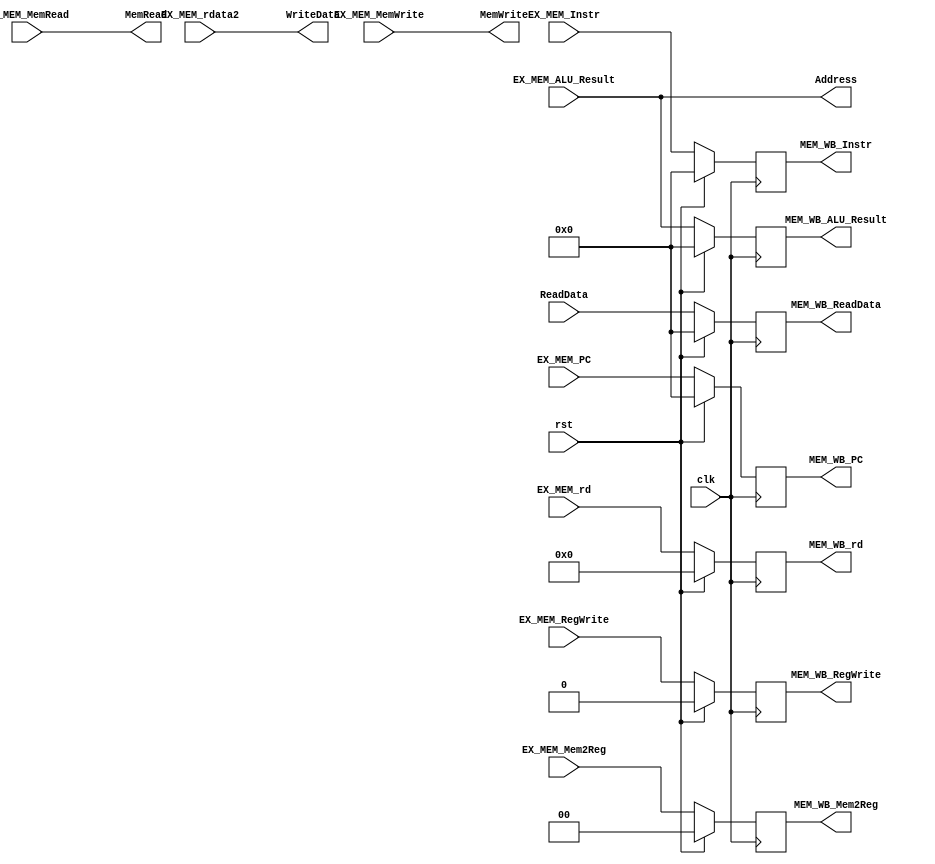
/*the MEMORY stage*/

module memory(

	input clk,
	input rst,

	input [4:0] EX_MEM_rd,
	input [31:0] EX_MEM_PC,
	////
	output reg [4:0] MEM_WB_rd,
	output reg [31:0] MEM_WB_PC,

	// signals and datas from EX stage to MEM stage
	input [31:0] EX_MEM_ALU_Result,
	input [31:0] EX_MEM_rdata2,

	input EX_MEM_MemWrite,
	input EX_MEM_MemRead,

	input [1:0] EX_MEM_Mem2Reg,
	input EX_MEM_RegWrite,

	// outputs to or ideal_mem
	output wire [31:0] Address,
	output wire [31:0] WriteData,
	output wire MemWrite,
	output wire MemRead,

	// input from ideal_mem
	input [31:0] ReadData,

	// output to WB stage
	output reg [31:0] MEM_WB_ReadData,
	output reg [31:0] MEM_WB_ALU_Result,
	output reg [1:0] MEM_WB_Mem2Reg,
	output reg MEM_WB_RegWrite,

	input [31:0] EX_MEM_Instr,
	output reg [31:0] MEM_WB_Instr
);

	assign Address = EX_MEM_ALU_Result;
	assign WriteData = EX_MEM_rdata2;
	assign MemWrite = EX_MEM_MemWrite;
	assign MemRead = EX_MEM_MemRead;

	/* pip pip pip pip */

	always @(posedge clk) begin

		if(rst) begin
			MEM_WB_PC <= 32'd0;
			MEM_WB_rd <= 5'd0;
			MEM_WB_ReadData <= 32'd0;
			MEM_WB_ALU_Result <= 32'b0;
			MEM_WB_RegWrite <= 1'b0;
			MEM_WB_Mem2Reg <= 2'b00;

			MEM_WB_Instr <= 32'd0;
		end
		else begin
			MEM_WB_PC <= EX_MEM_PC;
			MEM_WB_rd <= EX_MEM_rd;
			MEM_WB_ReadData <= ReadData;
			MEM_WB_RegWrite <= EX_MEM_RegWrite;
			MEM_WB_Mem2Reg <= EX_MEM_Mem2Reg;
			MEM_WB_ALU_Result <= EX_MEM_ALU_Result;

			MEM_WB_Instr <= EX_MEM_Instr;
		end

	end

endmodule